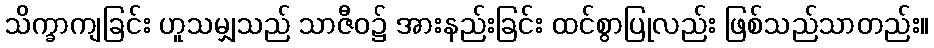
သိက္ခာကျခြင်း ဟူသမျှသည် သာဇီဝ၌ အားနည်းခြင်း ထင်စွာပြုလည်း ဖြစ်သည်သာတည်း။